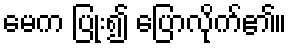
မေက ပြုံး၍ ပြောလိုက်၏။